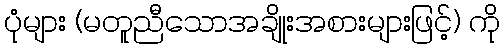
ပုံများ (မတူညီသောအချိုးအစားများဖြင့်) ကို